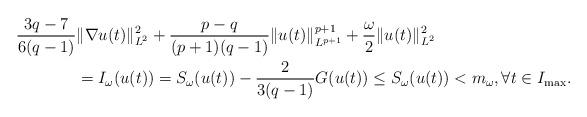
LaTeX: \begin{align*}\frac{3q-7}{6(q-1)}&\|\nabla u(t)\|^2_{L^2} +\frac{p-q}{(p+1)(q-1)} \|u(t)\|^{p+1}_{L^{p+1}} +\frac{\omega}{2} \|u(t)\|^2_{L^2} \\&=I_\omega(u(t)) = S_\omega(u(t)) -\frac{2}{3(q-1)}G(u(t)) \leq S_\omega(u(t)) <m_\omega, \forall t\in I_{\max}.\end{align*}